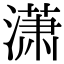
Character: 潇